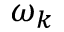
\omega _ { k }